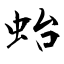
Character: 𧉟